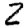
Digit: 2